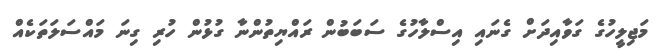
މަޖިލީހުގެ ގަވާއިދަށް ގެނައި އިސްލާހުގެ ސަބަބުން ރައްޔިތުންނާ ގުޅުން ހުރި ގިނަ މައްސަލަތަކެއް